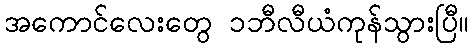
အကောင်လေးတွေ ၁ဘီလီယံကုန်သွားပြီ။